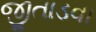
જીતાડવા